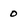
Character: 0